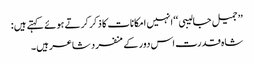
’’ جمیل جالیبی ‘‘ انہیں امکانات کا ذکر کرتے ہوئے کہتے ہیں :
شاہ قدرت اس دور کے منفرد شاعر ہیں ۔